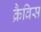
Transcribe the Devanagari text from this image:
क्रैविस